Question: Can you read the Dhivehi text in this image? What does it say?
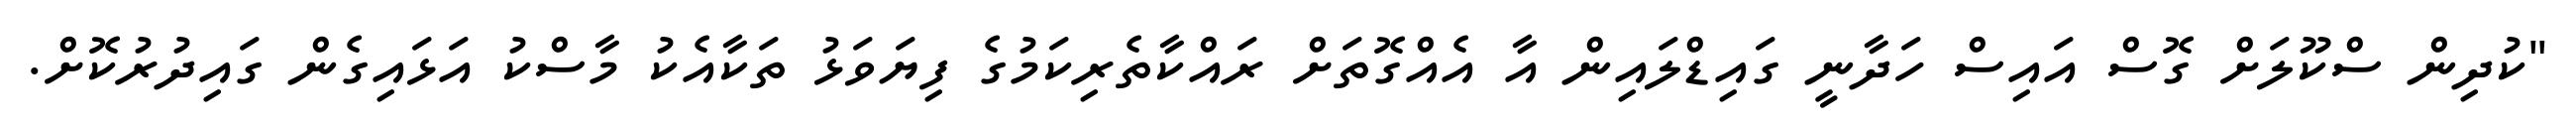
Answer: "ކުދިން ސްކޫލަށް ގޮސް އައިސް ހަދާނީ ގައިޑްލައިން އާ އެއްގޮތަށް ރައްކާތެރިކަމުގެ ފިޔަވަޅު ތަކާއެކު މާސްކު އަޅައިގެން ގައިދުރުކޮށް.